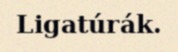
Ligatúrák.